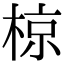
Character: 椋